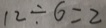
1 2 \div 6 = 2